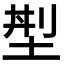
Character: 𡌁